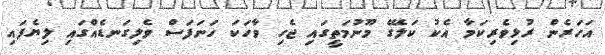
އަހަރެން ރުޅިވެރިކަމާ އެކު ކަލޭގެ މޫނުމަތީގައި ޖެހި ވާހަކަ ހަނަފަސް ވެލިގަނޑެއްގައި ލިޔެފައި